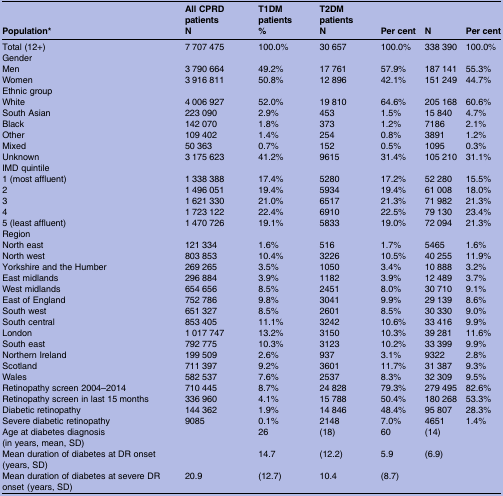
<table><thead><tr><td></td><td><b>All CPRD patients</b></td><td><b>T1DM patients</b></td><td><b>T2DM patients</b></td><td></td><td></td><td></td></tr><tr><td><b>Population*</b></td><td><b>N</b></td><td><b>%</b></td><td><b>N</b></td><td><b>Per cent</b></td><td><b>N</b></td><td><b>Per cent</b></td></tr></thead><tbody><tr><td>Total (12+)</td><td>7 707 475</td><td>100.0%</td><td>30 657</td><td>100.0%</td><td>338 390</td><td>100.0%</td></tr><tr><td colspan="7">Gender</td></tr><tr><td>Men</td><td>3 790 664</td><td>49.2%</td><td>17 761</td><td>57.9%</td><td>187 141</td><td>55.3%</td></tr><tr><td>Women</td><td>3 916 811</td><td>50.8%</td><td>12 896</td><td>42.1%</td><td>151 249</td><td>44.7%</td></tr><tr><td colspan="7">Ethnic group</td></tr><tr><td>White</td><td>4 006 927</td><td>52.0%</td><td>19 810</td><td>64.6%</td><td>205 168</td><td>60.6%</td></tr><tr><td>South Asian</td><td>223 090</td><td>2.9%</td><td>453</td><td>1.5%</td><td>15 840</td><td>4.7%</td></tr><tr><td>Black</td><td>142 070</td><td>1.8%</td><td>373</td><td>1.2%</td><td>7186</td><td>2.1%</td></tr><tr><td>Other</td><td>109 402</td><td>1.4%</td><td>254</td><td>0.8%</td><td>3891</td><td>1.2%</td></tr><tr><td>Mixed</td><td>50 363</td><td>0.7%</td><td>152</td><td>0.5%</td><td>1095</td><td>0.3%</td></tr><tr><td>Unknown</td><td>3 175 623</td><td>41.2%</td><td>9615</td><td>31.4%</td><td>105 210</td><td>31.1%</td></tr><tr><td colspan="7">IMD quintile</td></tr><tr><td>1 (most affluent)</td><td>1 338 388</td><td>17.4%</td><td>5280</td><td>17.2%</td><td>52 280</td><td>15.5%</td></tr><tr><td>2</td><td>1 496 051</td><td>19.4%</td><td>5934</td><td>19.4%</td><td>61 008</td><td>18.0%</td></tr><tr><td>3</td><td>1 621 330</td><td>21.0%</td><td>6517</td><td>21.3%</td><td>71 982</td><td>21.3%</td></tr><tr><td>4</td><td>1 723 122</td><td>22.4%</td><td>6910</td><td>22.5%</td><td>79 130</td><td>23.4%</td></tr><tr><td>5 (least affluent)</td><td>1 470 726</td><td>19.1%</td><td>5833</td><td>19.0%</td><td>72 094</td><td>21.3%</td></tr><tr><td colspan="7">Region</td></tr><tr><td>North east</td><td>121 334</td><td>1.6%</td><td>516</td><td>1.7%</td><td>5465</td><td>1.6%</td></tr><tr><td>North west</td><td>803 853</td><td>10.4%</td><td>3226</td><td>10.5%</td><td>40 255</td><td>11.9%</td></tr><tr><td>Yorkshire and the Humber</td><td>269 265</td><td>3.5%</td><td>1050</td><td>3.4%</td><td>10 888</td><td>3.2%</td></tr><tr><td>East midlands</td><td>296 884</td><td>3.9%</td><td>1182</td><td>3.9%</td><td>12 489</td><td>3.7%</td></tr><tr><td>West midlands</td><td>654 656</td><td>8.5%</td><td>2451</td><td>8.0%</td><td>30 710</td><td>9.1%</td></tr><tr><td>East of England</td><td>752 786</td><td>9.8%</td><td>3041</td><td>9.9%</td><td>29 139</td><td>8.6%</td></tr><tr><td>South west</td><td>651 327</td><td>8.5%</td><td>2601</td><td>8.5%</td><td>30 330</td><td>9.0%</td></tr><tr><td>South central</td><td>853 405</td><td>11.1%</td><td>3242</td><td>10.6%</td><td>33 416</td><td>9.9%</td></tr><tr><td>London</td><td>1 017 747</td><td>13.2%</td><td>3150</td><td>10.3%</td><td>39 281</td><td>11.6%</td></tr><tr><td>South east</td><td>792 775</td><td>10.3%</td><td>3123</td><td>10.2%</td><td>33 399</td><td>9.9%</td></tr><tr><td>Northern Ireland</td><td>199 509</td><td>2.6%</td><td>937</td><td>3.1%</td><td>9322</td><td>2.8%</td></tr><tr><td>Scotland</td><td>711 397</td><td>9.2%</td><td>3601</td><td>11.7%</td><td>31 387</td><td>9.3%</td></tr><tr><td>Wales</td><td>582 537</td><td>7.6%</td><td>2537</td><td>8.3%</td><td>32 309</td><td>9.5%</td></tr><tr><td>Retinopathy screen 2004–2014</td><td>710 445</td><td>8.7%</td><td>24 828</td><td>79.3%</td><td>279 495</td><td>82.6%</td></tr><tr><td>Retinopathy screen in last 15 months</td><td>336 960</td><td>4.1%</td><td>15 788</td><td>50.4%</td><td>180 268</td><td>53.3%</td></tr><tr><td>Diabetic retinopathy</td><td>144 362</td><td>1.9%</td><td>14 846</td><td>48.4%</td><td>95 807</td><td>28.3%</td></tr><tr><td>Severe diabetic retinopathy</td><td>9085</td><td>0.1%</td><td>2148</td><td>7.0%</td><td>4651</td><td>1.4%</td></tr><tr><td>Age at diabetes diagnosis (in years, mean, SD)</td><td></td><td>26</td><td>(18)</td><td>60</td><td>(14)</td><td></td></tr><tr><td>Mean duration of diabetes at DR onset (years, SD)</td><td></td><td>14.7</td><td>(12.2)</td><td>5.9</td><td>(6.9)</td><td></td></tr><tr><td>Mean duration of diabetes at severe DR onset (years, SD)</td><td>20.9</td><td>(12.7)</td><td>10.4</td><td>(8.7)</td><td></td><td></td></tr></tbody></table>